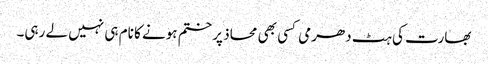
بھارت کی ہٹ دھرمی کسی بھی محاذ پر ختم ہونے کا نام ہی نہیں لے رہی۔